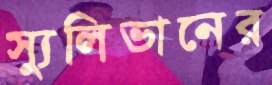
স্যুলিভানের